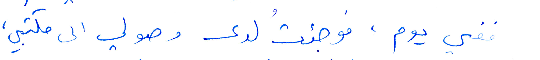
ففي يوم، فوجئت لدى وصولي الى مكتبي،